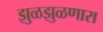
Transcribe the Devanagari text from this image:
झुळझुळणारा